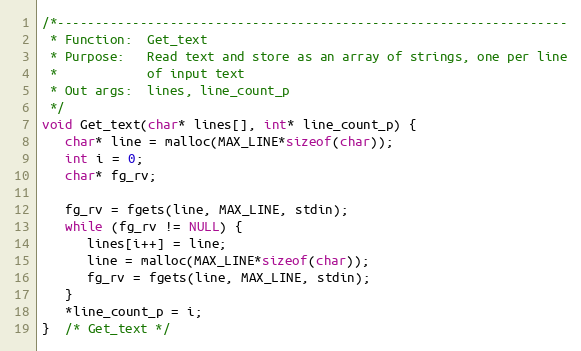
Language: C
/*--------------------------------------------------------------------
 * Function:  Get_text
 * Purpose:   Read text and store as an array of strings, one per line
 *            of input text
 * Out args:  lines, line_count_p
 */
void Get_text(char* lines[], int* line_count_p) {
   char* line = malloc(MAX_LINE*sizeof(char));
   int i = 0;
   char* fg_rv;

   fg_rv = fgets(line, MAX_LINE, stdin);
   while (fg_rv != NULL) {
      lines[i++] = line;
      line = malloc(MAX_LINE*sizeof(char));
      fg_rv = fgets(line, MAX_LINE, stdin);
   }
   *line_count_p = i;
}  /* Get_text */